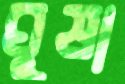
ঘুষা